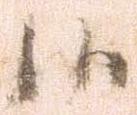
候